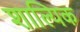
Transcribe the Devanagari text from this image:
शाल्यिक